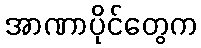
အာဏာပိုင်တွေက